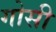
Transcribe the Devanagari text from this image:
गोसी